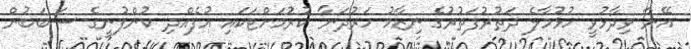
އޭނާ ވިދާޅުވީ ހުޅުމާލެ ދަތުރުފަތުރުގެ ނިޒާމު ހަރުދަނާ ކުރުމަށްޓަކައި އުފެއްދި ކުންފުނީގެ ސަބަބުން